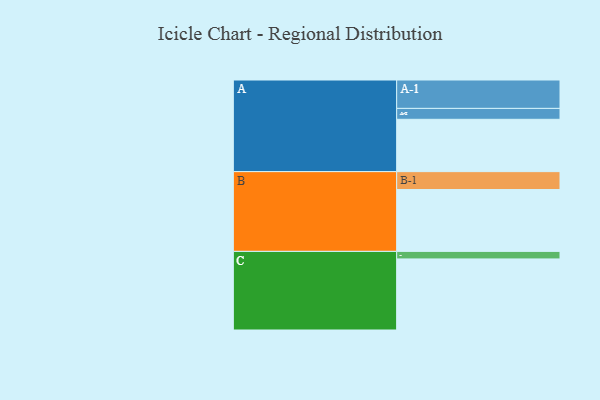
{"axis": {"x": "Segment", "y": "Value"}, "legend": ["", "A", "B", "C"], "data": [{"x": "A", "y": 374, "type": ""}, {"x": "B", "y": 442, "type": ""}, {"x": "C", "y": 508, "type": ""}, {"x": "A-1", "y": 203, "type": "A"}, {"x": "A-2", "y": 78, "type": "A"}, {"x": "B-1", "y": 128, "type": "B"}, {"x": "C-1", "y": 54, "type": "C"}]}